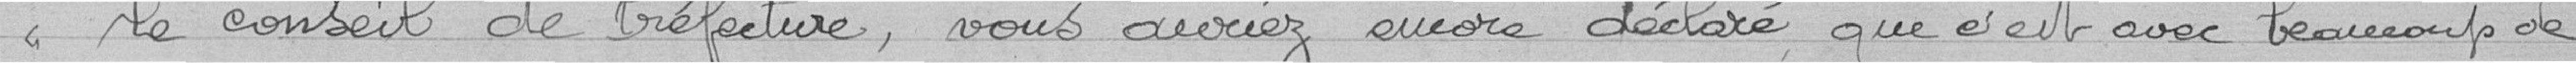
le conseil de Préfecture, vous auriez encore déclaré que c'est avec beaucoup de